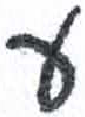
אות: ע